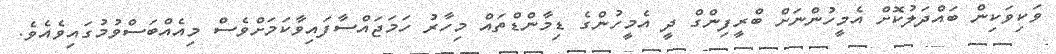
ވަކިވަކިން ބައްދަލުކޮށް އެމީހުންނަށް ބްރީފިންގް ދީ އެމީހުންގެ ޑިމާންޑްތައް މިހާރު ހަމަޖައްސާފައިވާކަމަށްވެސް މިއެއްބަސްވުމުގައިވެއެވެ.